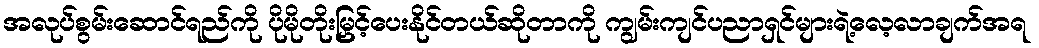
အလုပ်စွမ်းဆောင်ရည်ကို ပိုမိုတိုးမြှင့်ပေးနိုင်တယ်ဆိုတာကို ကျွမ်းကျင်ပညာရှင်များရဲ့လေ့လာချက်အရ